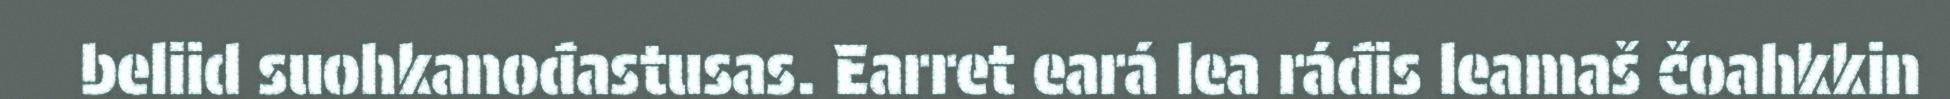
beliid suohkanođastusas. Earret eará lea ráđis leamaš čoahkkin